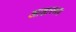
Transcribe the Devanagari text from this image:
आहाररूप